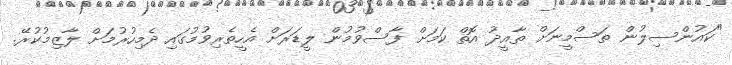
"ކައުންސިލުން ތަސްމީނަށް ތާއީދު އޮތް ކަމަށް ފާސްވުމުން ލީޑަރަށް އެހީތެރިވުމުގައި ދެމިހުރުމަށް ލާޒިމުކުރޭ.